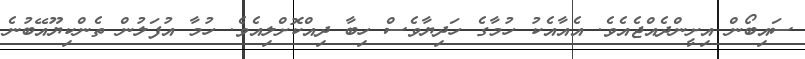
ސައިބޯން އިށީންދެއްޖެއެވެ. އެއާއެކު ހުމާގެ ހަދިޔާވެސް ހިބާ ދިއްކޮށްލިއެވެ. ހުމާ އުފަލުން ތެންކިޔޫއޭބުނެ